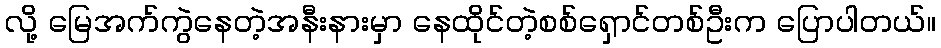
လို့ မြေအက်ကွဲနေတဲ့အနီးနားမှာ နေထိုင်တဲ့စစ်ရှောင်တစ်ဦးက ပြောပါတယ်။